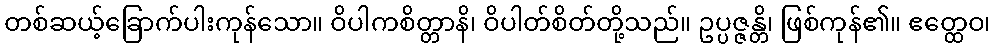
တစ်ဆယ့်ခြောက်ပါးကုန်သော။ ဝိပါကစိတ္တာနိ၊ ဝိပါတ်စိတ်တို့သည်။ ဥပ္ပဇ္ဇန္တိ၊ ဖြစ်ကုန်၏။ ဧတ္ထေဝ၊